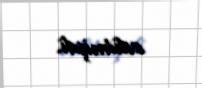
edilmişdi.